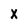
Character: X